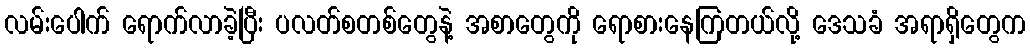
လမ်းပေါက် ရောက်လာခဲ့ပြီး ပလတ်စတစ်တွေနဲ့ အစာတွေကို ရောစားနေကြတယ်လို့ ဒေသခံ အရာရှိတွေက